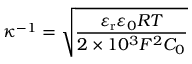
\kappa ^ { - 1 } = { \sqrt { \frac { \varepsilon _ { \mathrm { { r } } } \varepsilon _ { 0 } R T } { 2 \times 1 0 ^ { 3 } F ^ { 2 } C _ { 0 } } } }